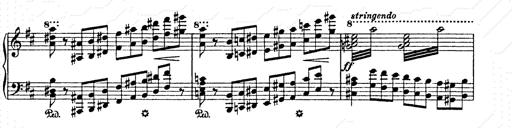
Title: AnnÃ©es de pÃ¨lerinage II
Composer: Franz Liszt